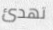
تهدئ